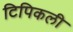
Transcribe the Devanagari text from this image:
टिपिकली